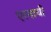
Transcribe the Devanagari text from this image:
एरमाची